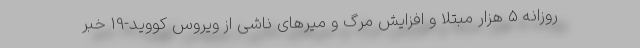
روزانه 5 هزار مبتلا و افزایش مرگ و میرهای ناشی از ویروس کووید-19 خبر